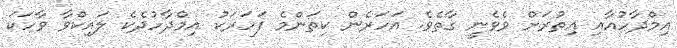
އިމްދާހުއާއި އިތުރަށް ވެވެނީ ގާތެވެ. އަހަރެން ކިތަންމެ ފަހަރަކު އިމްދާހުދެކެ ލައިކްވާ ވާހަކަ